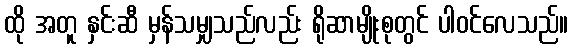
ထို အတူ နှင်းဆီ မှန်သမျှသည်လည်း ရိုဆာမျိုးစုတွင် ပါဝင်လေသည်။